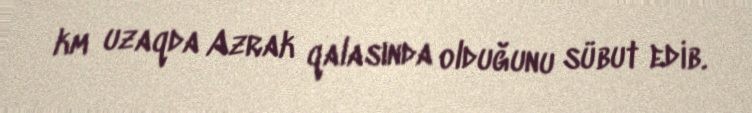
km uzaqda Azrak qalasında olduğunu sübut edib.